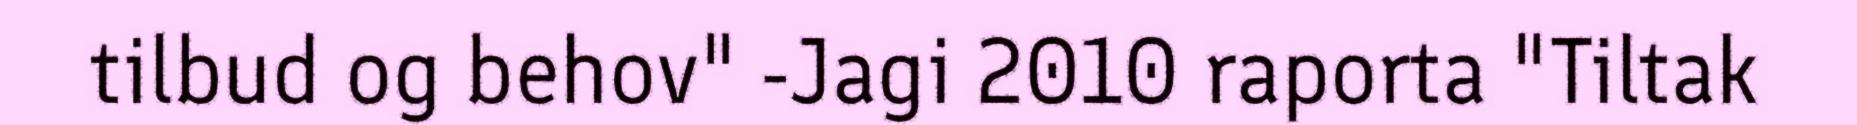
tilbud og behov" -Jagi 2010 raporta "Tiltak